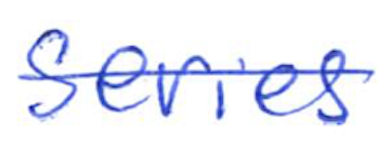
Text: series
Cross-out: single-line
Writing tool: ballpoint